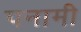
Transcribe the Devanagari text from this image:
पनामी